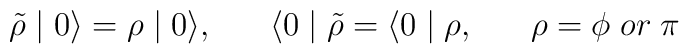
\tilde{\rho} \mid 0 \rangle = \rho \mid 0 \rangle, \;\;\;\;\;\; \langle 0 \mid \tilde{\rho} = \langle 0 \mid \rho, \;\;\;\;\;\; \rho=\phi \; o r\; \pi